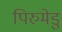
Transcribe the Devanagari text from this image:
पिरुमेडु